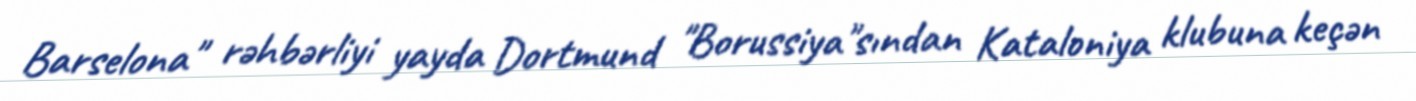
Barselona" rəhbərliyi yayda Dortmund "Borussiya"sından Kataloniya klubuna keçən